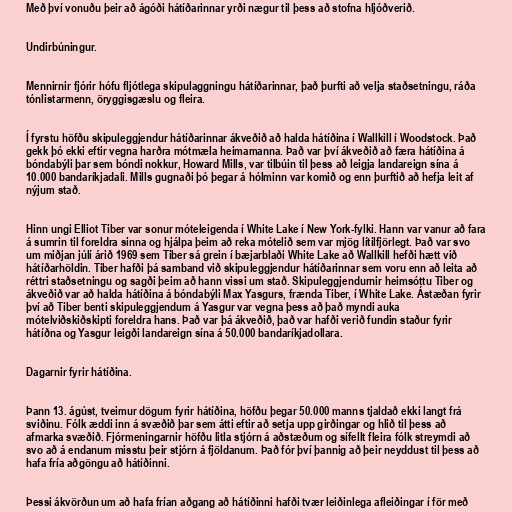
Með því vonuðu þeir að ágóði hátíðarinnar yrði nægur til þess að stofna hljóðverið.

Undirbúningur.

Mennirnir fjórir hófu fljótlega skipulaggningu hátíðarinnar, það þurfti að velja staðsetningu, ráða
tónlistarmenn, öryggisgæslu og fleira.

Í fyrstu höfðu skipuleggjendur hátíðarinnar ákveðið að halda hátíðina í Wallkill í Woodstock. Það
gekk þó ekki eftir vegna harðra mótmæla heimamanna. Það var því ákveðið að færa hátíðina á
bóndabýli þar sem bóndi nokkur, Howard Mills, var tilbúin til þess að leigja landareign sína á
10.000 bandaríkjadali. Mills gugnaði þó þegar á hólminn var komið og enn þurftið að hefja leit af
nýjum stað.

Hinn ungi Elliot Tiber var sonur móteleigenda í White Lake í New York-fylki. Hann var vanur að fara
á sumrin til foreldra sinna og hjálpa þeim að reka mótelið sem var mjög lítilfjörlegt. Það var svo
um miðjan júlí árið 1969 sem Tiber sá grein í bæjarblaði White Lake að Wallkill hefði hætt við
hátíðarhöldin. Tiber hafði þá samband við skipuleggjendur hátíðarinnar sem voru enn að leita að
réttri staðsetningu og sagði þeim að hann vissi um stað. Skipuleggjendurnir heimsóttu Tiber og
ákveðið var að halda hátíðina á bóndabýli Max Yasgurs, frænda Tiber, í White Lake. Ástæðan fyrir
því að Tiber benti skipuleggjendum á Yasgur var vegna þess að það myndi auka
mótelviðskiðskipti foreldra hans. Það var þá ákveðið, það var hafði verið fundin staður fyrir
hátíðna og Yasgur leigði landareign sína á 50.000 bandaríkjadollara.

Dagarnir fyrir hátíðina.

Þann 13. ágúst, tveimur dögum fyrir hátíðina, höfðu þegar 50.000 manns tjaldað ekki langt frá
sviðinu. Fólk æddi inn á svæðið þar sem átti eftir að setja upp girðingar og hlið til þess að
afmarka svæðið. Fjórmeningarnir höfðu litla stjórn á aðstæðum og sífellt fleira fólk streymdi að
svo að á endanum misstu þeir stjórn á fjöldanum. Það fór því þannig að þeir neyddust til þess að
hafa fría aðgöngu að hátíðinni.

Þessi ákvörðun um að hafa frían aðgang að hátíðinni hafði tvær leiðinlega afleiðingar í för með